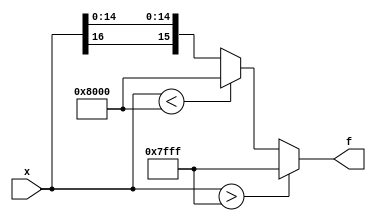
module tanh_approx(
	input wire [16:0] x,
	output wire [15:0] f
);


assign f = func_tanh(x);

function [15: 0] func_tanh(input [16:0] x_in_func);
	begin
		if( $signed(x_in_func) > $signed({1'b0, 16'h7FFF}))begin
			func_tanh = 16'h7FFF;
		end else if( $signed(x_in_func) < $signed({1'b1, 16'h8000}))begin
			func_tanh = $signed(16'h8000);
		end else begin
			func_tanh = $signed({x_in_func[16], x_in_func[14:0]});
		end
	end
endfunction

endmodule